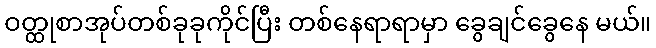
ဝတ္ထုစာအုပ်တစ်ခုခုကိုင်ပြီး တစ်နေရာရာမှာ ခွေချင်ခွေနေ မယ်။